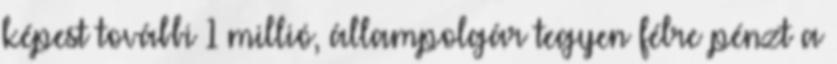
képest további 1 millió, állampolgár tegyen félre pénzt a